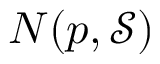
N ( p , { \mathcal { S } } )